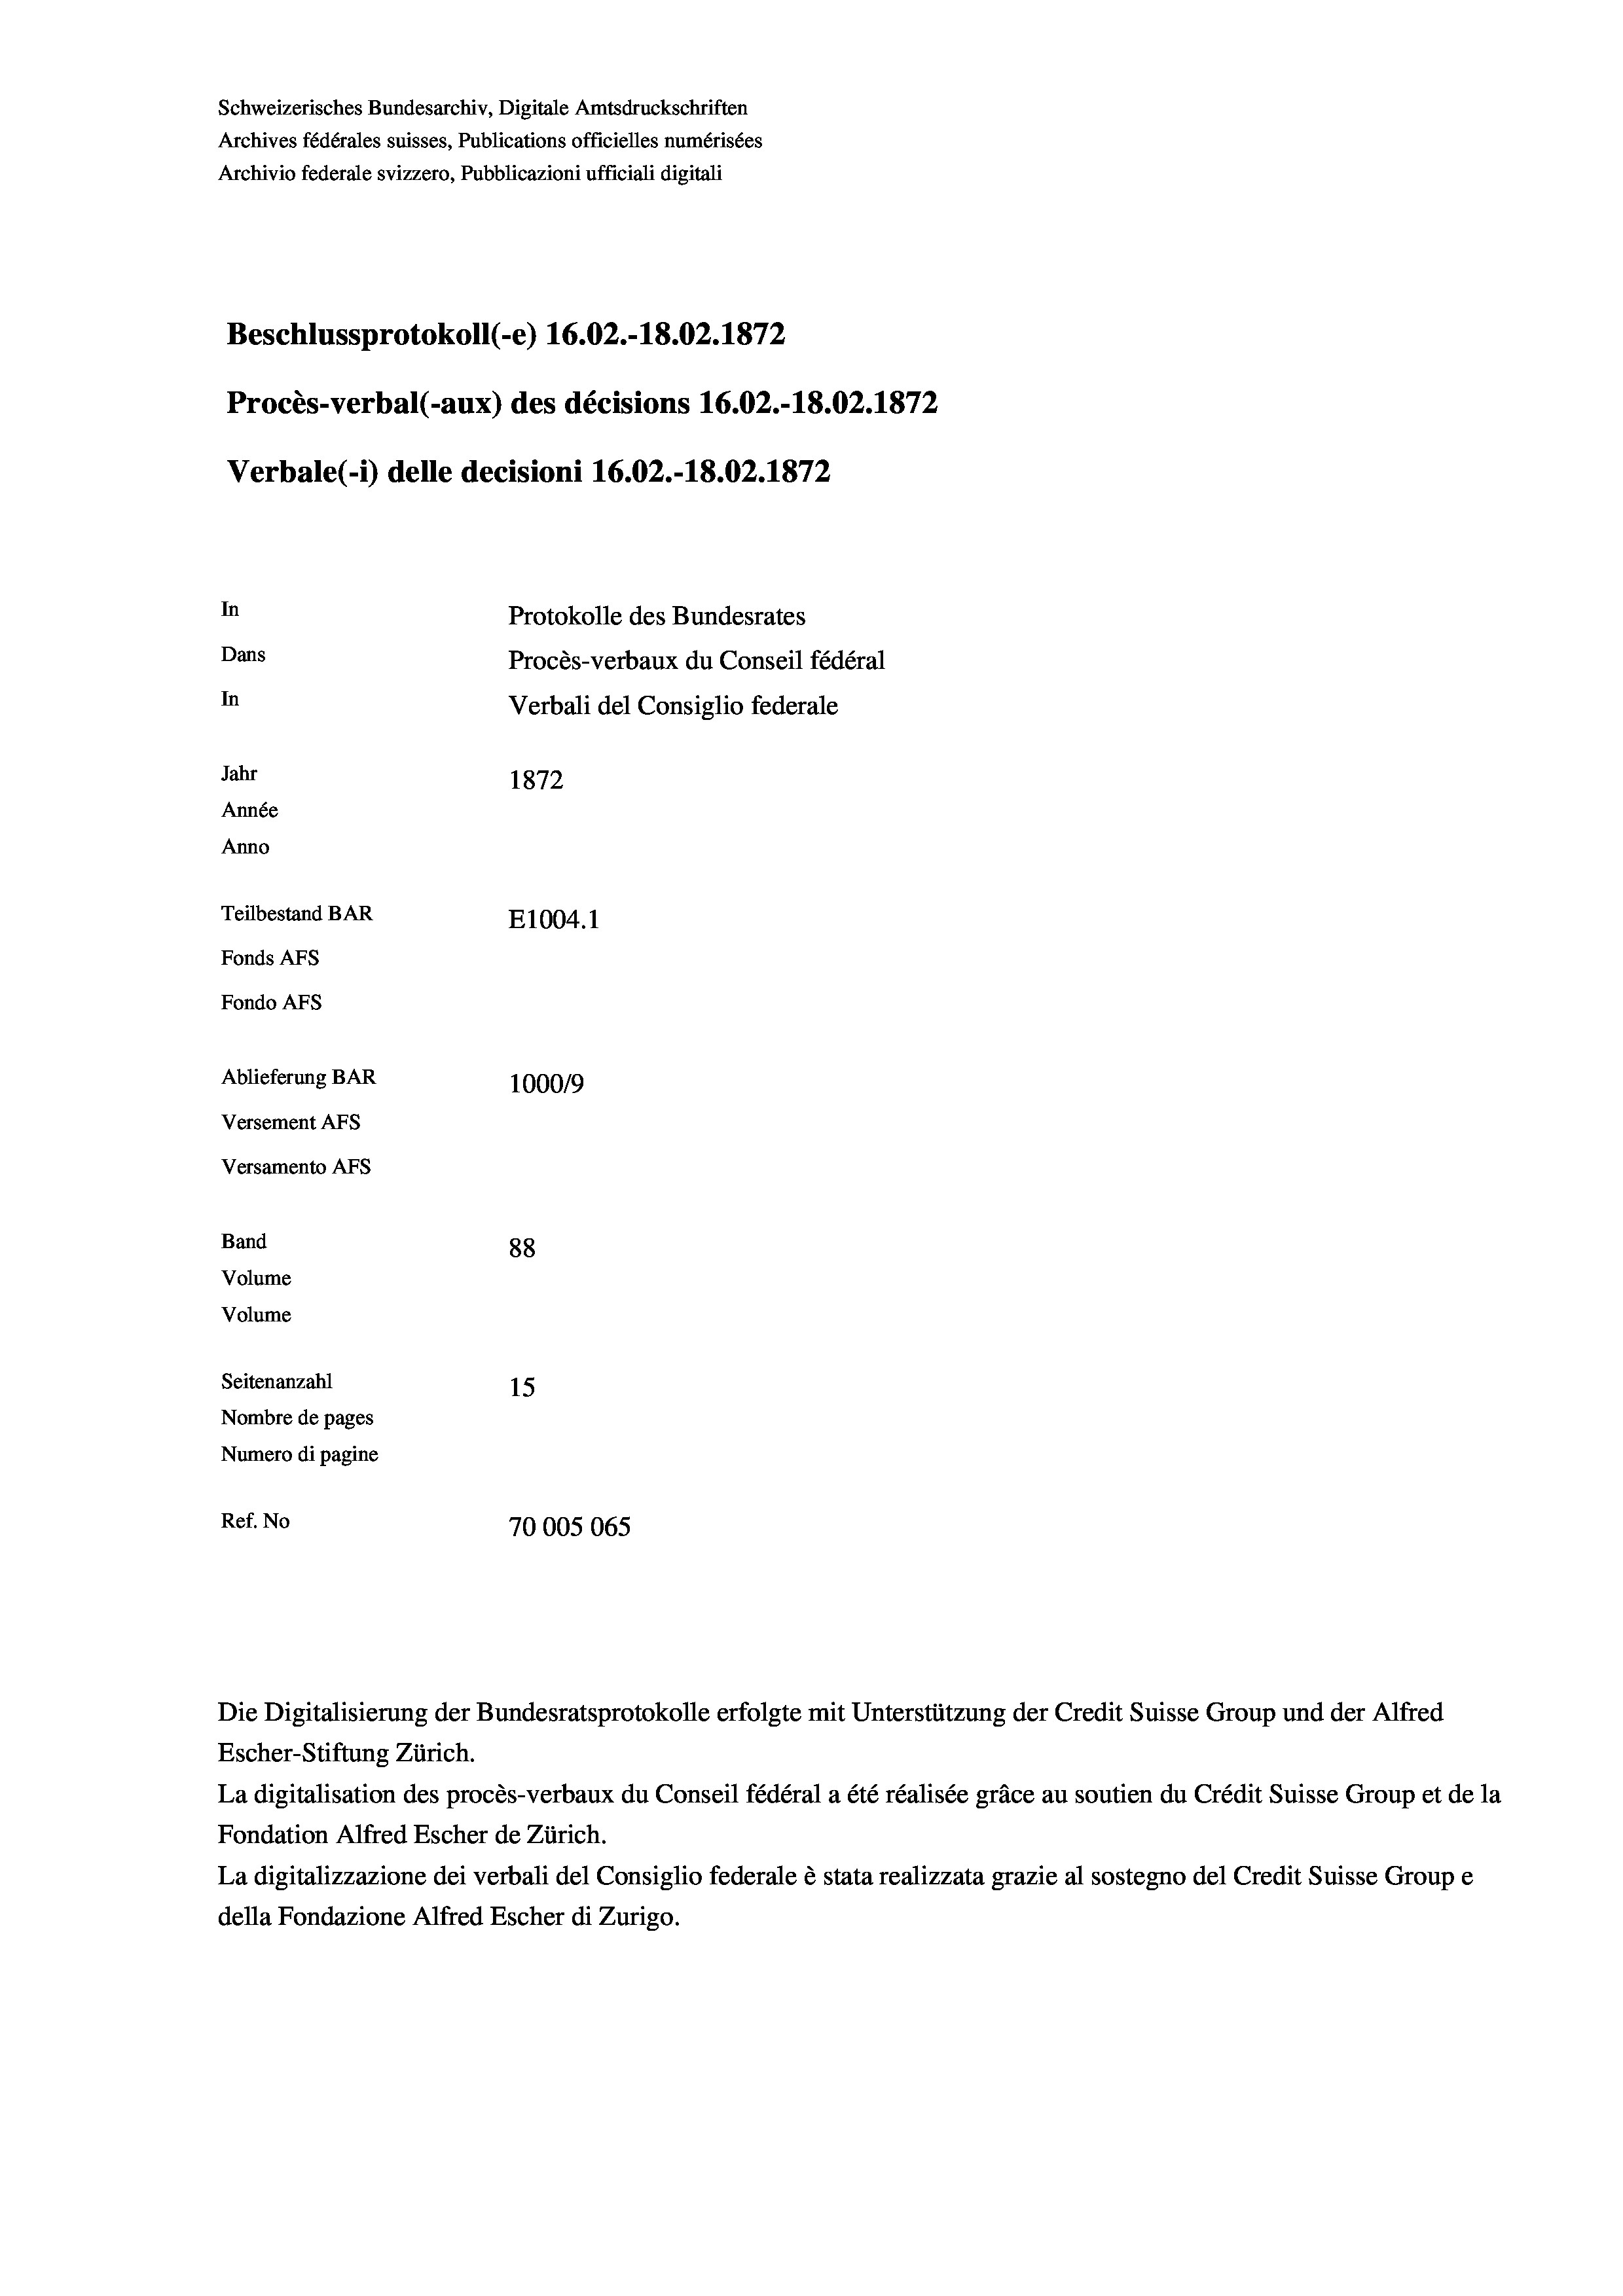
Schweizerisches Bundesarchiv, Digitale Amtsdruckschriften
Archives fédérales suisses, Publications officielles numérisées
Archivio federale svizzero, Pubblicazioni ufficiali digitali
Beschlussprotokoll (-e) 16.02.-18.02. 1872
Procès-verbal (-aux) des décisions 16.02.-18.02. 1872
Verbale (- 1) delle decisioni 16.02.-18.02. 1872
In
Protokolle des Bundesrates
Dans
Procès-verbaux du Conseil fédéral
In
Verbali del Consiglio federale
Jahr
1872
Année
Anno
Teilbestand BAR
E1004. 1
Fonds AFs
Fondo AFS
Ablieferung BAR
1000/9
Versement AFs
Versamento AFs
Band
88

Volume

Volume
Seitenanzahl
Ref. No

15
Nombre de pages
Numero di pagine
70005065

Die Digitalisierung der Bundesratsprotokolle erfolgte mit Unterstützung der Credit Suisse Group und der Alfred
Escher-Stiftung Zürich.
La digitalisation des procès-verbaux du Conseil fédéral a été réalisée gräce au soutien du Crédit Suisse Group et de la
Fondation Alfred Escher de Zürich.
La digitalizzazione dei verbali del Consiglio federale è stata realizzata grazie al sostegno del Credit Suisse Groupe
della Fondazione Alfred Escher di Zurigo.